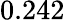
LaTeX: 0.242